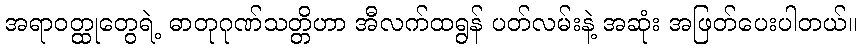
အရာဝတ္ထုတွေရဲ့ ဓာတုဂုဏ်သတ္တိဟာ အီလက်ထရွန် ပတ်လမ်းနဲ့ အဆုံး အဖြတ်ပေးပါတယ်။